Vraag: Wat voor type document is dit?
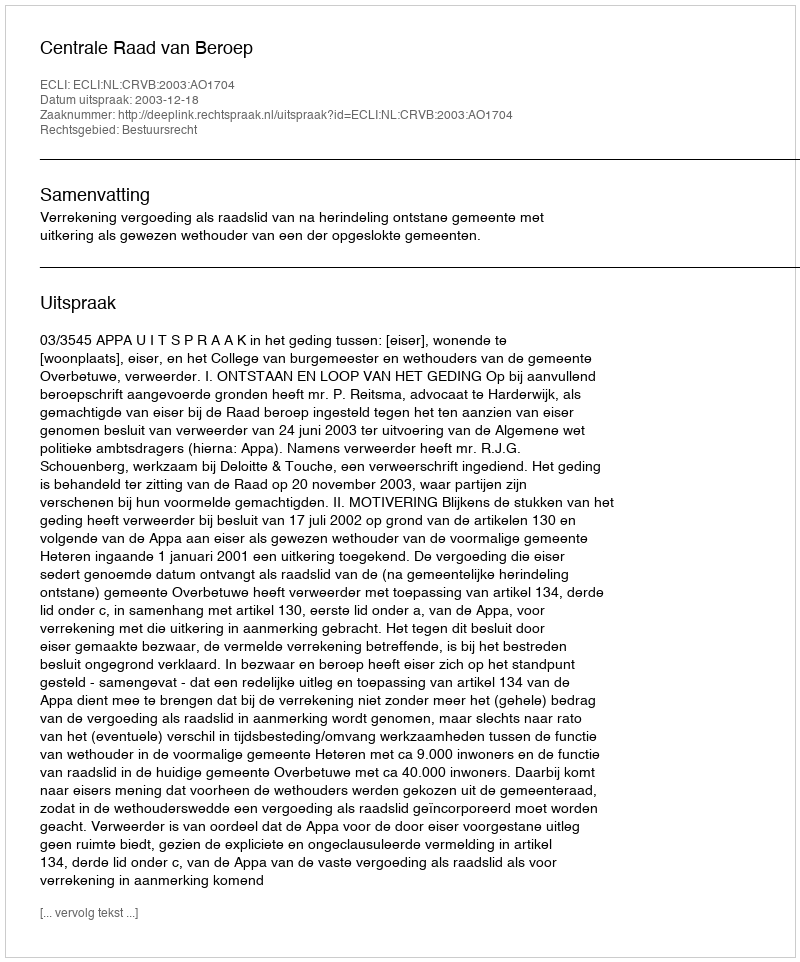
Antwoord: Uitspraak